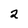
Character: 2